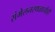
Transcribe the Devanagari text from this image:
संमेलनस्थळाचीही